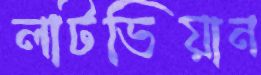
লাটভিয়ান